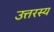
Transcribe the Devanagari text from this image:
उत्तरस्य